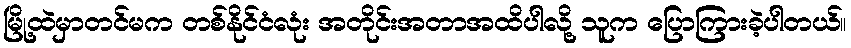
မြို့ထဲမှာတင်မက တစ်နိုင်ငံလုံး အတိုင်းအတာအထိပါလို့ သူက ပြောကြားခဲ့ပါတယ်။